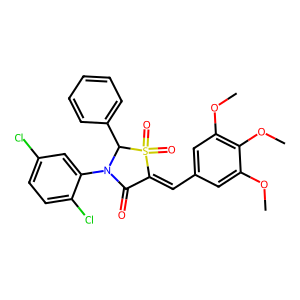
SMILES: COc1cc(C=C2C(=O)N(c3cc(Cl)ccc3Cl)C(c3ccccc3)S2(=O)=O)cc(OC)c1OC
Inhibits HIV replication: No